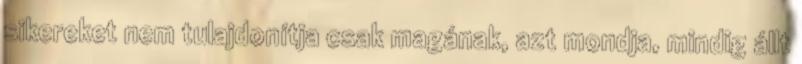
sikereket nem tulajdonítja csak magának, azt mondja, mindig állt